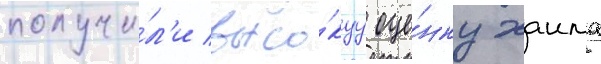
получи́л'и высо́куу оце́нку хаима